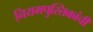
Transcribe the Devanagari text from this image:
नियमपुस्तिकांची